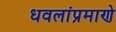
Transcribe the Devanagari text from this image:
धवलांप्रमाणे